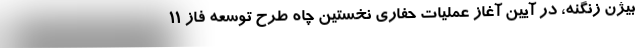
بیژن زنگنه، در آیین آغاز عملیات حفاری نخستین چاه طرح توسعه فاز 11